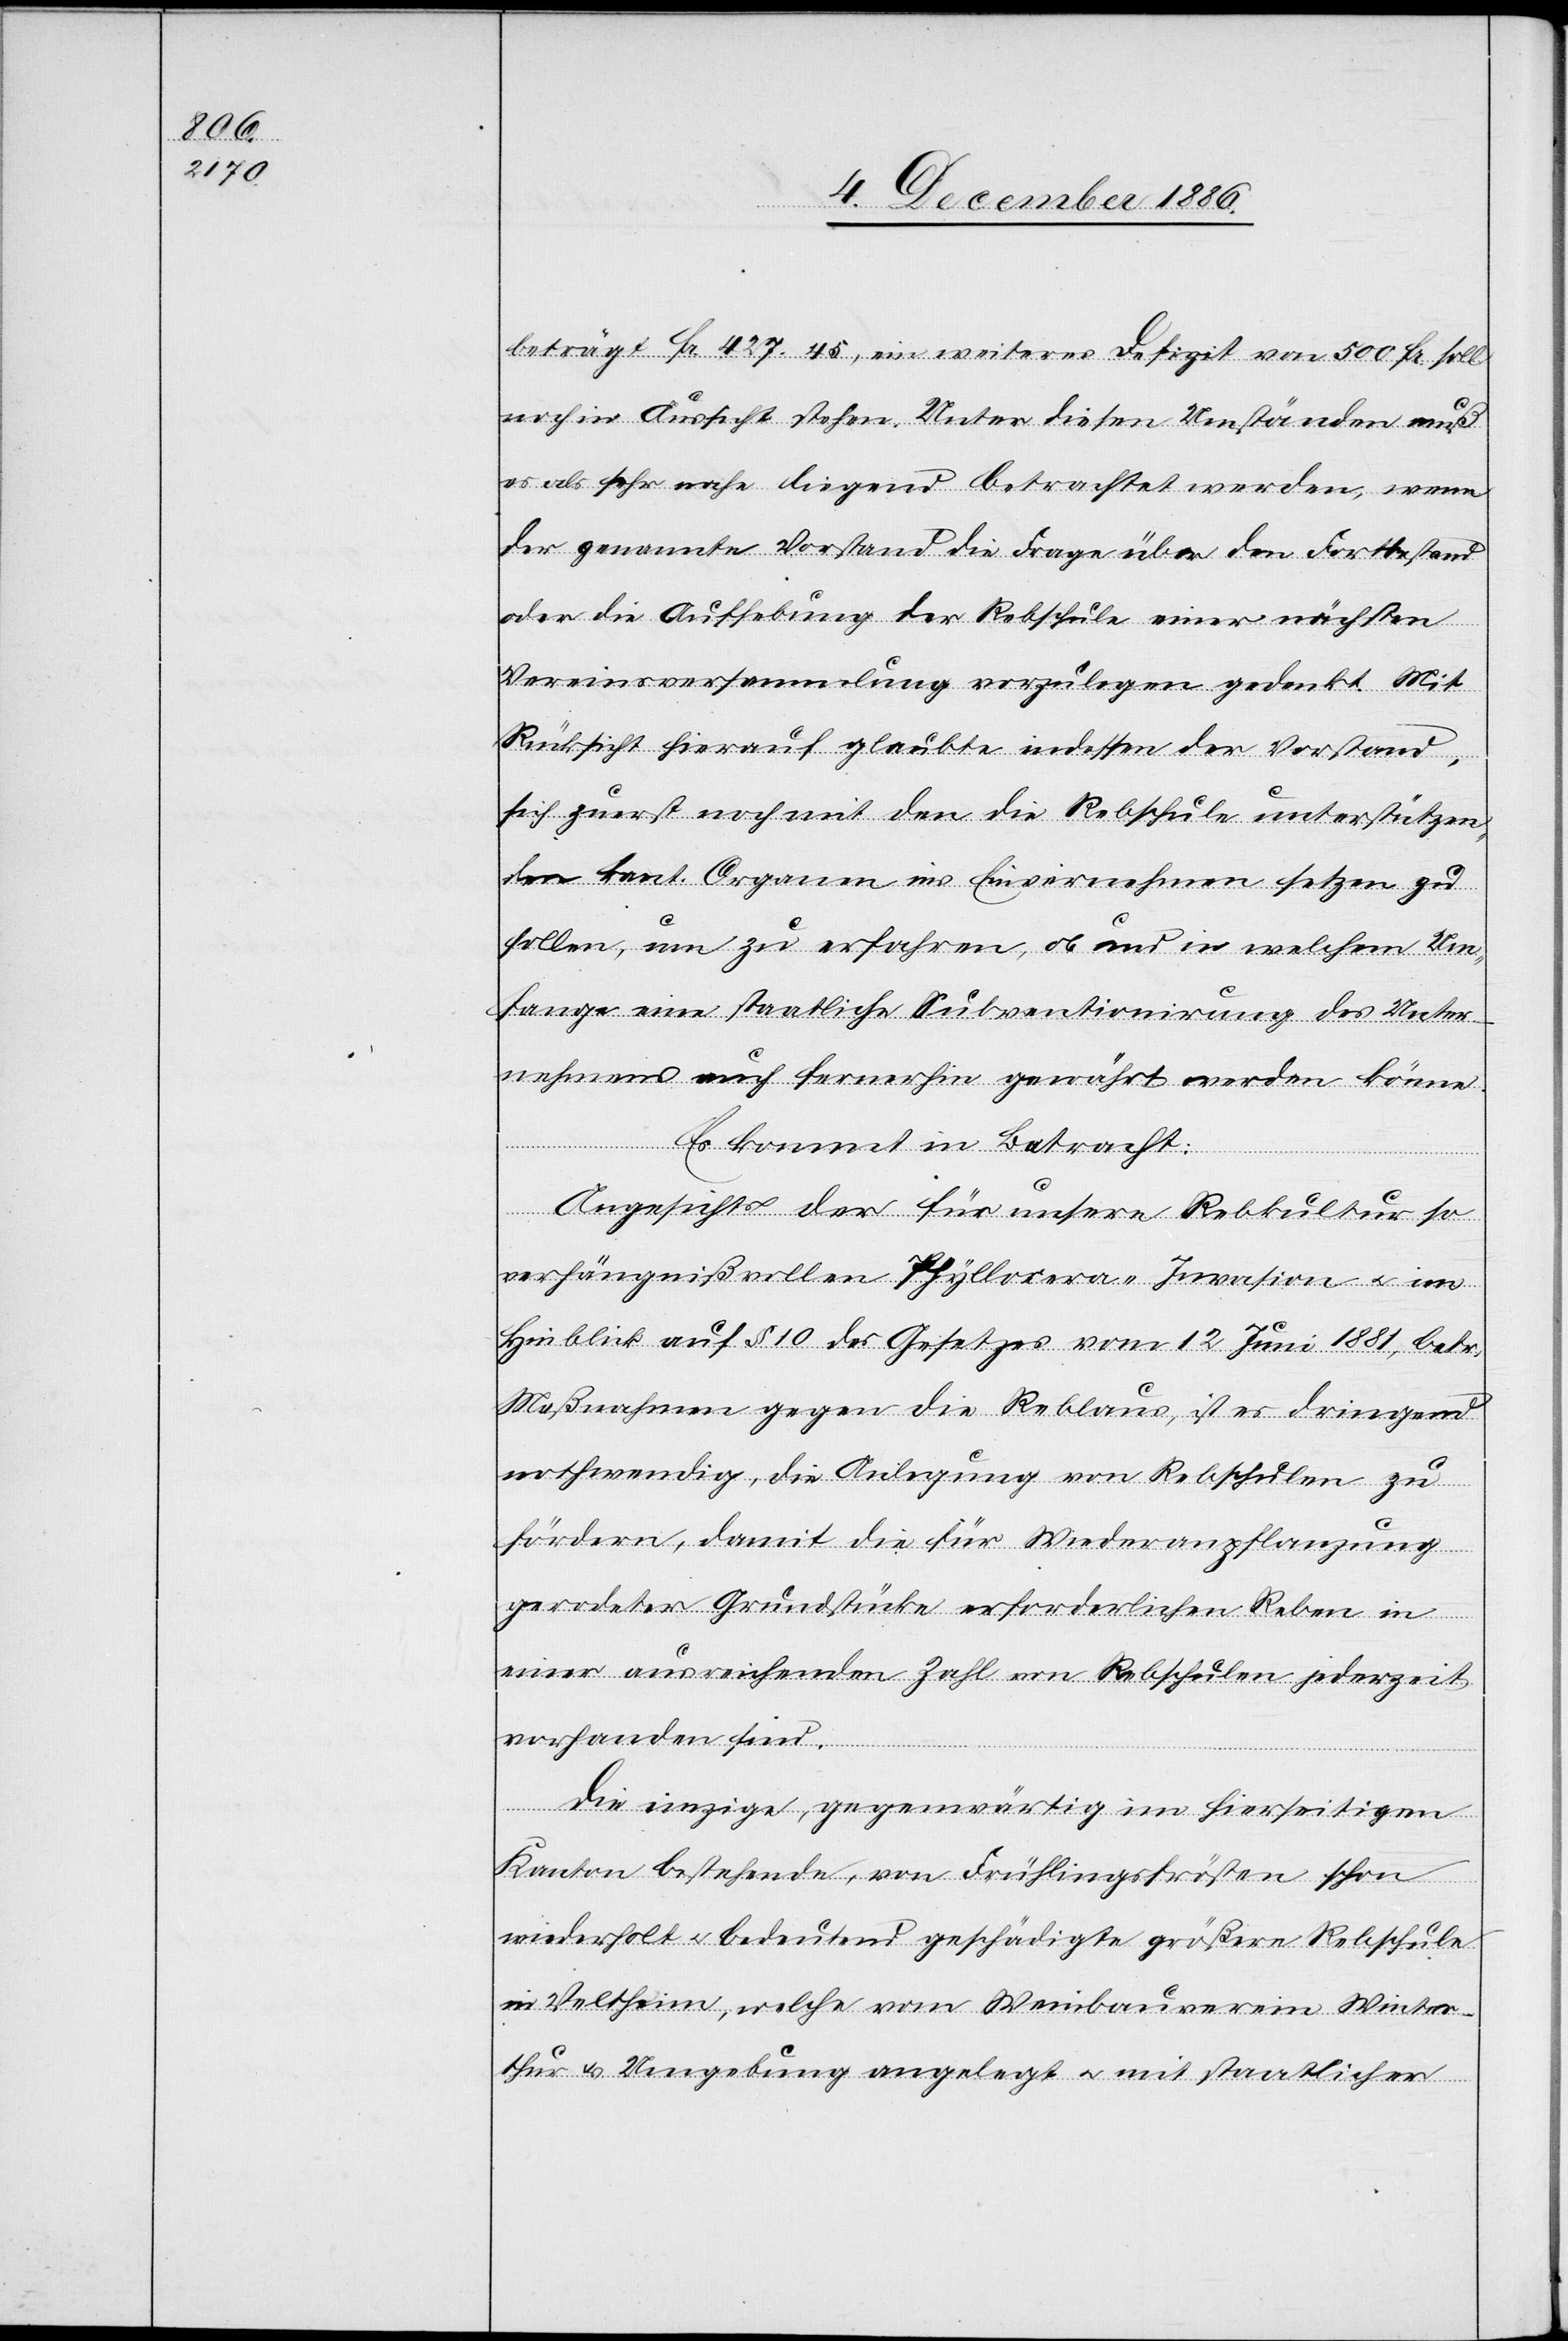
beträgt Fr. 427.45, ein weiteres Defizit von 500 Fr. soll
noch in Aussicht stehen. Unter diesen Umständen muß
es als sehr nahe liegend betrachtet werden, wenn
der genannte Vorstand die Frage über den Fortbestand
oder die Aufhebung der Rebschule einer nächsten
Vereinsversammlung vorzulegen gedenkt. Mit
Rücksicht hierauf glaubte indessen der Vorstand,
sich zuerst noch mit den die Rebschule unterstützen¬
den kant. Organen ins Einvernehmen setzen zu
sollen, um zu erfahren, ob und in welchem Um¬
fange eine staatliche Subventionirung des Unter¬
nehmens auch fernerhin gewährt werden könne.
Es kommt in Betracht:
Angesichts der für unsere Rebkultur so
verhängnißvollen Phylloxera-Invasion & im
Hinblick auf § 10 des Gesetzes vom 12. Juni 1881, betr.
Maßnahmen gegen die Reblaus, ist es dringend
nothwendig, die Anlegung von Rebschulen zu
fördern, damit die für Wiederanpflanzung
gerodeter Grundstücke erforderlichen Reben in
einer ausreichenden Zahl von Rebschulen jederzeit
vorhanden sind.
Die einzige, gegenwärtig im hierseitigen
Kanton bestehende, von Frühlingsfrösten schon
wiederholt & bedeutend geschädigte größere Rebschule
in Veltheim, welche vom Weinbauverein Winter¬
thur & Umgebung angelegt & mit staatlicher